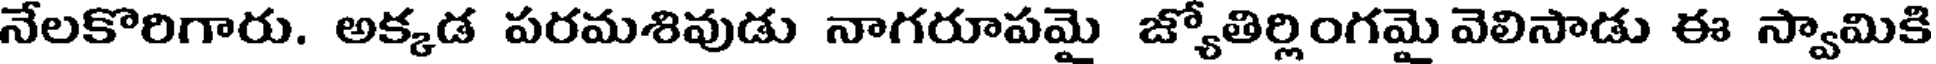
నేలకొరిగారు. అక్కడ పరమశివుడు నాగరూపమై జ్యోతిర్లింగమై వెలిసాడు ఈ స్వామికి